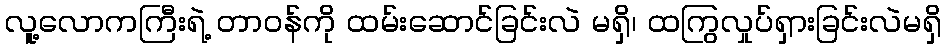
လူ့လောကကြီးရဲ့ တာဝန်ကို ထမ်းဆောင်ခြင်းလဲ မရှိ၊ ထကြွလှုပ်ရှားခြင်းလဲမရှိ